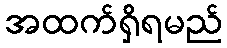
အထက်ရှိရမည်